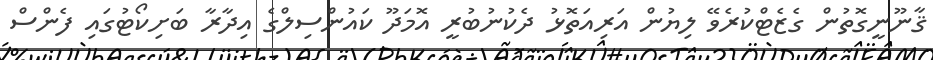
ޤާނޫނީގޮތުން ގެޒެޓްކުރެވޭ ލިޔުން އަރިއަތޮޅު ދެކުނުބުރީ އޮމަދޫ ކައުންސިލްގެ އިދާރާ ބަށިކޯޓުގައި ފެންސް